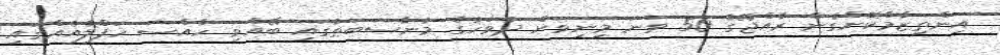
އިންތިޒާމްކޮށްގެން ރާއްޖޭގެ 50 ވަނަ މިނިވަން ދުވަހުގެ މުނާސަބަތުގައި ބޭއްވި ހާއްސަ ހަފްލާއެއްގައި